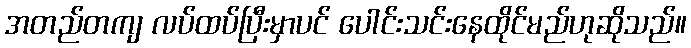
အတည်တကျ လပ်ထပ်ပြီးမှာပင် ပေါင်းသင်းနေထိုင်မည်ဟုဆိုသည်။